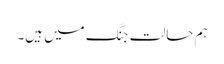
ہم حالت جنگ میں ہیں۔